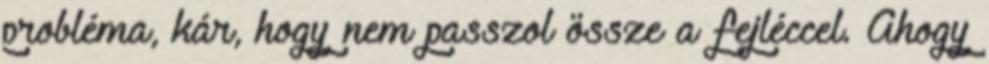
probléma, kár, hogy nem passzol össze a fejléccel. Ahogy